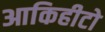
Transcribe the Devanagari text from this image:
आकिहीटो